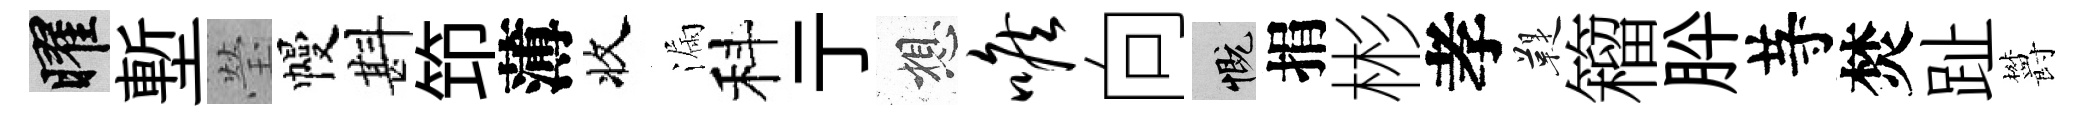
曜塹瑩幔斟笻薄收漏科亍想喉向慨捐彬孝鞮籕肸䒭焚趾欝